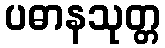
ပဓာနသုတ္တ